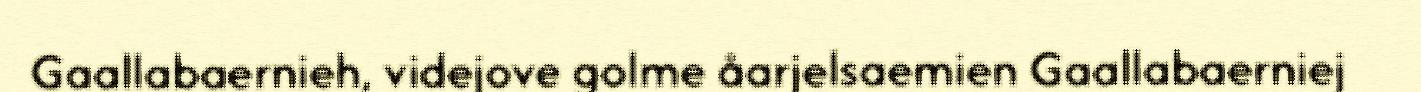
Gaallabaernieh, videjove golme åarjelsaemien Gaallabaerniej